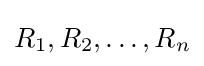
R_{1},R_{2},\ldots ,R_{n}